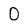
Character: 0